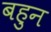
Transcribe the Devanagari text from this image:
बहुन